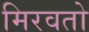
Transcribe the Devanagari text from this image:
मिरवतो